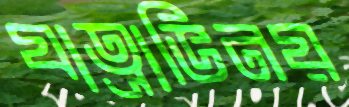
যাত্রাভিনয়